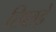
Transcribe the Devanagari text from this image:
छिछड़े